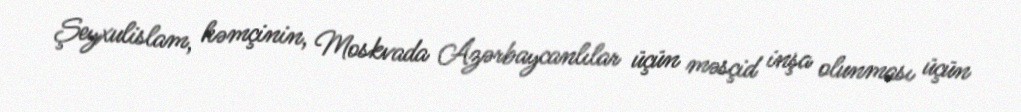
Şeyxulislam, həmçinin, Moskvada Azərbaycanlılar üçün məsçid inşa olunması üçün